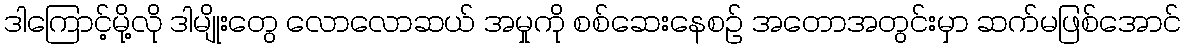
ဒါကြောင့်မို့လို ဒါမျိုးတွေ လောလောဆယ် အမှုကို စစ်ဆေးနေစဉ် အတောအတွင်းမှာ ဆက်မဖြစ်အောင်